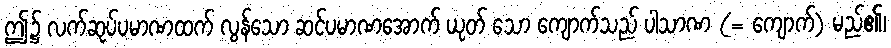
ဤ၌ လက်ဆုပ်ပမာဏထက် လွန်သော ဆင်ပမာဏအောက် ယုတ် သော ကျောက်သည် ပါသာဏ (= ကျောက်) မည်၏၊